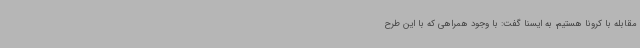
مقابله با کرونا هستیم، به ایسنا گفت: با وجود همراهی که با این طرح